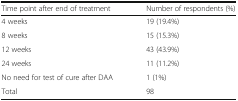
<table><thead><tr><td><b>Time point after end of treatment</b></td><td><b>Number of respondents (%)</b></td></tr></thead><tbody><tr><td>4 weeks</td><td>19 (19.4%)</td></tr><tr><td>8 weeks</td><td>15 (15.3%)</td></tr><tr><td>12 weeks</td><td>43 (43.9%)</td></tr><tr><td>24 weeks</td><td>11 (11.2%)</td></tr><tr><td>No need for test of cure after DAA</td><td>1 (1%)</td></tr><tr><td>Total</td><td>98</td></tr></tbody></table>